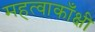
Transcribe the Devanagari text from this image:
महत्वाकाँक्षी